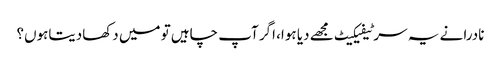
نادرا نے یہ سرٹیفیکیٹ مجھے دیا ہوا، اگر آپ چاہیں تو میں دکھادیتاہوں؟